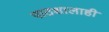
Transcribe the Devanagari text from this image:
पाठशालाही